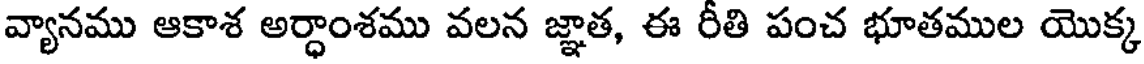
వ్యానము ఆకాశ అర్ధాంశము వలన జ్ఞాత, ఈ రీతి పంచ భూతముల యొక్క